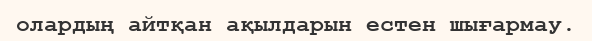
олардың айтқан ақылдарын естен шығармау.